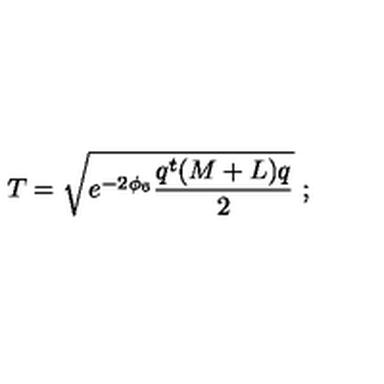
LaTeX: T = \sqrt { e ^ { - 2 \phi _ { 6 } } \frac { q ^ { t } ( M + L ) q } { 2 } } \ ;